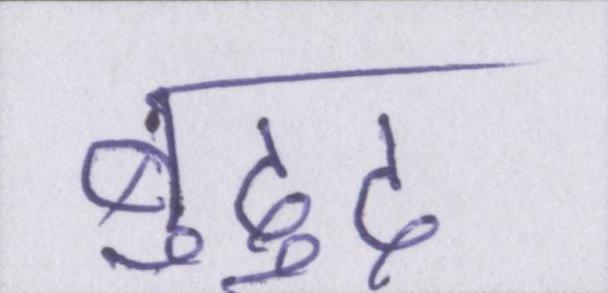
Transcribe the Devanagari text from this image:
बुद्दु